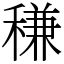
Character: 稴